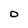
Character: D